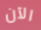
الآن